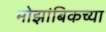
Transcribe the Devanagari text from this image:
मोझांबिकच्या